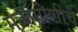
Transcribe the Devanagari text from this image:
मज्जापेशीचे